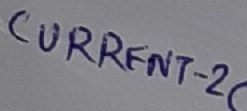
Text: CURRENT-2